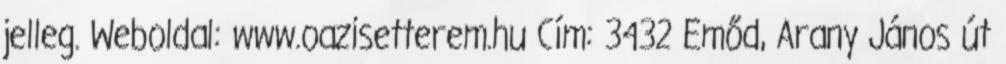
jelleg. Weboldal: www.oazisetterem.hu Cím: 3432 Emőd, Arany János út